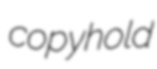
copyhold